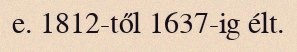
e. 1812-től 1637-ig élt.